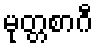
မုတ္တစာဂီ